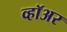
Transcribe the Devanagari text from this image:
व्हॉअर